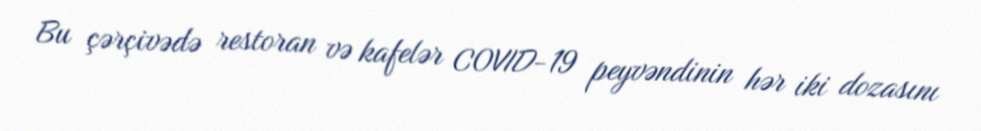
Bu çərçivədə restoran və kafelər COVID-19 peyvəndinin hər iki dozasını